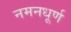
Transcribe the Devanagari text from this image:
नमनधूर्ण